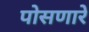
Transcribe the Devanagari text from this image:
पोसणारे